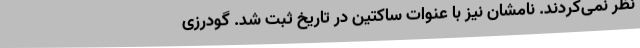
نظر نمی‌کردند. نامشان نیز با عنوات ساکتین در تاریخ ثبت شد. گودرزی